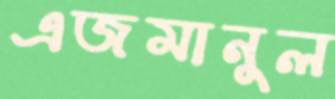
এজমানুল